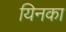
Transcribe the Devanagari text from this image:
यिनका